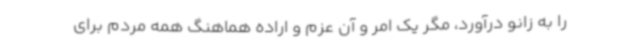
را به زانو درآورد، مگر یک امر و آن عزم و اراده هماهنگ همه مردم برای